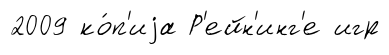
2009 ко́п'иjа Р'ейн'инг'е игр